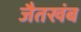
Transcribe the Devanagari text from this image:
जैतखंब